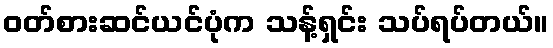
ဝတ်စားဆင်ယင်ပုံက သန့်ရှင်း သပ်ရပ်တယ်။